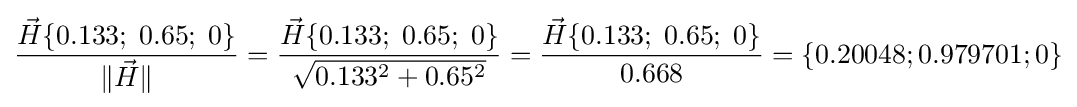
{\frac {{\vec {H}}\{0.133;\;0.65;\;0\}}{\|{\vec {H}}\|}}={\frac {{\vec {H}}\{0.133;\;0.65;\;0\}}{\sqrt {0.133^{2}+0.65^{2}}}}={\frac {{\vec {H}}\{0.133;\;0.65;\;0\}}{0.668}}=\{0.20048;0.979701;0\}